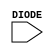
module sky130_fd_sc_ls__diode (
    //# {{power|Power}}
    input DIODE
);

    // Voltage supply signals
    supply1 VPWR;
    supply0 VGND;
    supply1 VPB ;
    supply0 VNB ;

endmodule